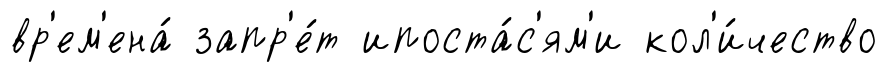
вр'ем'ена́ запр'е́т ипоста́с'ям'и кол'и́чество